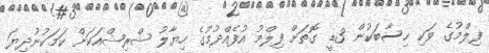
ފިލްމުގެ ވަކި ހިސާބަކުން 3ޑީ ގޮތަށް ފިލްމު އުފެއްދުމުގެ ހިޔާލު ޝްރިޝްއަކަށް ކަމަކުނުދިޔަ